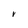
Character: V